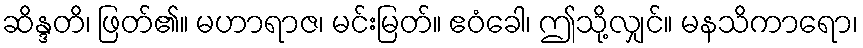
ဆိန္ဒတိ၊ ဖြတ်၏။ မဟာရာဇ၊ မင်းမြတ်။ ဧဝံခေါ၊ ဤသို့လျှင်။ မနသိကာရော၊